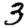
Digit: 3